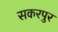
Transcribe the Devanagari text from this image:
सकरपुर